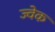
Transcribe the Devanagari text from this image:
ज्वेक